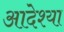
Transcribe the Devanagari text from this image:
आदेश्या